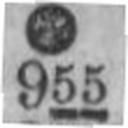
955